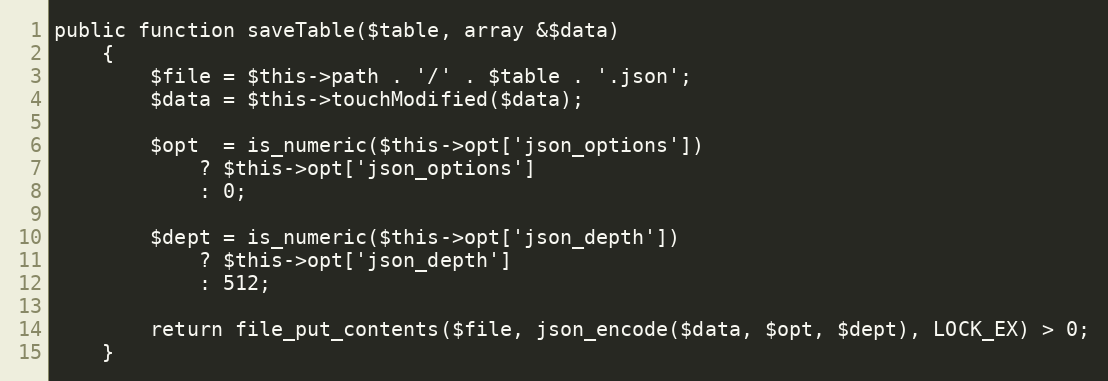
Language: PHP
public function saveTable($table, array &$data)
    {
        $file = $this->path . '/' . $table . '.json';
        $data = $this->touchModified($data);

        $opt  = is_numeric($this->opt['json_options'])
            ? $this->opt['json_options']
            : 0;

        $dept = is_numeric($this->opt['json_depth'])
            ? $this->opt['json_depth']
            : 512;

        return file_put_contents($file, json_encode($data, $opt, $dept), LOCK_EX) > 0;
    }